Report on enteric fever
Disease focus: Fever
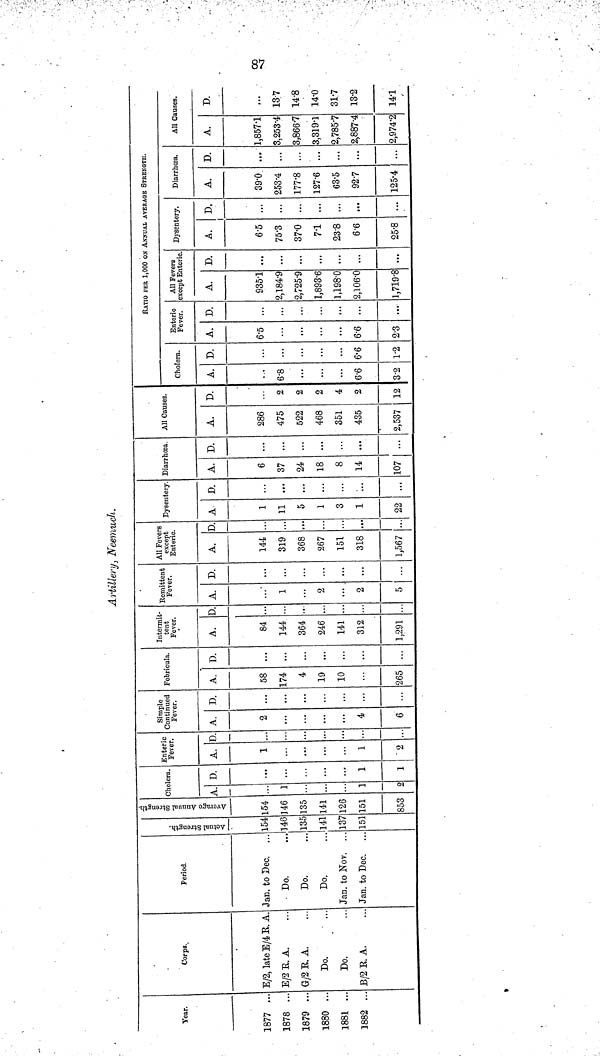
87
Artillery, Neemuch.
Year.
1877 ...
1878 ..
1879 ..
1880 ..
1881 ..
1882 ..
Corps.
E/2, late E/4 R. A.
E/2E. A.
G/2 R. A.
Do.
Do.
B/2 R. A.
Period.
Jan. to Dec.
Do.
Do.
Do.
Jan. to Nov.
Jan. to Dec.
Actual Strength
154
146
135
141
137
151
Average Annual Strength.
154
146
135
141
126
151
853
Cholera.
A.
1
1
2
D.
1
1
Enteric
Fever.
A.
1
...
1
"2
D.
Simple
Continued
Fever.
A.
2
...
4
6
D.
...
Febricula.
A.
58
174
4
19
10
265
D.
...
...
...
...
...
...
Intermit-
tent
Fever.
A.
84
144
364
246
141
312
1,291
D.
...
...
Remittent
Fever.
A.
1
2
2
5
D.
...
...
...
...
All Fevers
except
Enteric.
A.
144
319
368
267
151
318
1,567
D.
...
...
...
...
...
Dysentery.
A
1
11
5
1
3
1
22
D.
...
...
...
...
...
...
Diarrhœa.
A.
6
37
24
18
8
14
107
D.
...
...
...
...
All Causes.
A.
286
475
522
468
351
435
2,537
D.
2
2
2
4
2
12
RATIO PER 1,000 ON ANNUAL AVERAGE STRENGTH.
Cholera.
A.
6.8
6.6
3.2
D.
...
6'6
1.2
Enteric
Fever.
A.
6.5
...
6.6
2.3
D.
...
...
...
All Fevers
except Enteric.
A.
9351
2,184.9
2,725.9
1,893.6
1,198.0
2,106.0
1,719.8
D.
...
...
...
...
...
Dysentery.
A.
6.5
75.3
37.0
71
23.8
6.6
25.8
D.
...
...
...
...
...
...
Diarrhœa.
A.
39.0
253.4
177.8
127.6
63.5
92.7
125.4
D.
...
...
...
...
...
...
All Causes.
A.
1,8571
3,253.4
3,866.7
3,319.1
2,785.7
2,887.4
2,974.2
D.
13.7
14.8
14.0
31.7
13.2
141